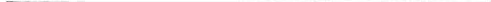
___